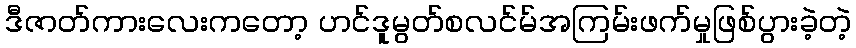
ဒီဇာတ်ကားလေးကတော့ ဟင်ဒူမွတ်စလင်မ်အကြမ်းဖက်မှုဖြစ်ပွားခဲ့တဲ့